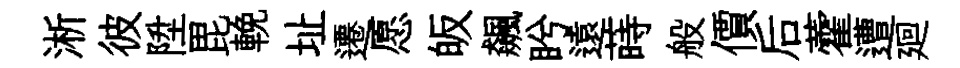
淅彼陞毘輓址遷愿皈飆盻遠蒔般價后藿遭廻